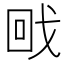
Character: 𭍡